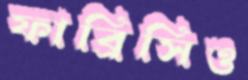
ফাব্রিসিও